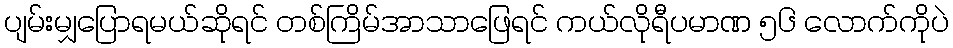
ပျမ်းမျှပြောရမယ်ဆိုရင် တစ်ကြိမ်အာသာဖြေရင် ကယ်လိုရီပမာဏ ၅၆ လောက်ကိုပဲ